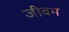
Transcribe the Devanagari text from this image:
जीवम